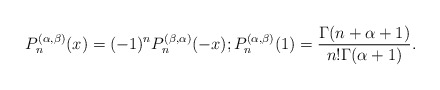
\begin{align*} P_n^{(\alpha,\beta)}(x)=(-1)^n P_n^{(\beta,\alpha)}(-x); P_n^{(\alpha,\beta)}(1)=\frac{\Gamma(n+\alpha+1)}{n!\Gamma(\alpha+1)}. \end{align*}